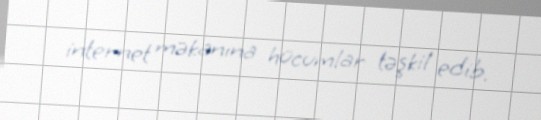
internet məkanına hücumlar təşkil edib.